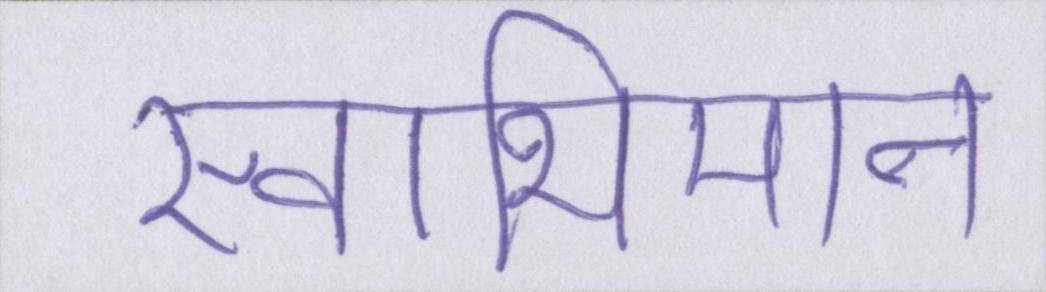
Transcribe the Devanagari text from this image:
स्वाभिमान